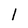
Character: l